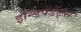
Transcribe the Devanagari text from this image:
इन्डिपेंडेंट्स